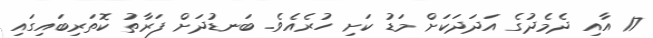
17 އާއި ދެމެދުގެ އަދަަދަކަށް މަޑު ކަށި ހުރެއެވެ. ބަނޑުދަށް ފަރާތު ކޮތަރިބައިގައި